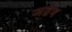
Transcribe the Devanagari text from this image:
अद्वेष